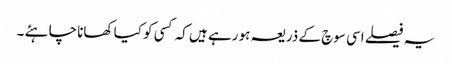
یہ فیصلے اسی سوچ کے ذریعہ ہو رہے ہیں کہ کسی کو کیا کھانا چاہئے ۔